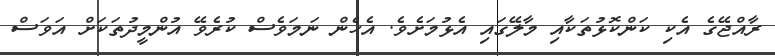
ރާއްޖޭގެ އެކި ކަންކޮޅުތަކާއި މާލޭގައި އެޅުމަށެވެ. އެހެން ނަމަވެސް ކުރެވޭ އުންމީދުތަކަށް އަވަސް